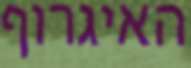
האיגרוף